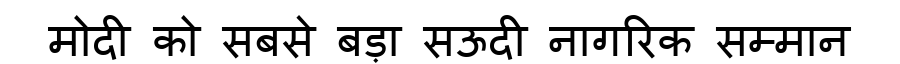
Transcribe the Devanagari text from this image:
मोदी को सबसे बड़ा सऊदी नागरिक सम्मान